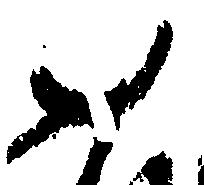
如